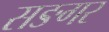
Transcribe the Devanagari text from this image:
सङगर